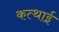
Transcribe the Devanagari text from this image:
कत्थाई